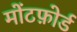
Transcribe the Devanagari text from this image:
मोंटफ़ोर्ड